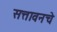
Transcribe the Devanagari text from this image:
सत्तावनचे